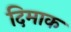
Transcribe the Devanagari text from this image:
दिमाक